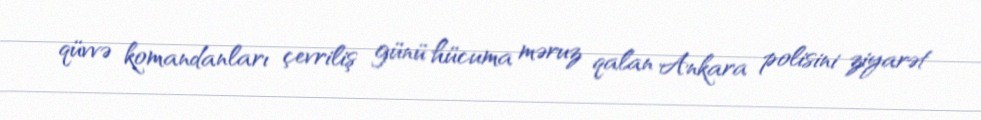
qüvvə komandanları çevriliş günü hücuma məruz qalan Ankara polisini ziyarət